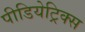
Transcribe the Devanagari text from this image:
पीडियेट्रिक्स